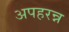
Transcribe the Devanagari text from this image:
अपहरन्न